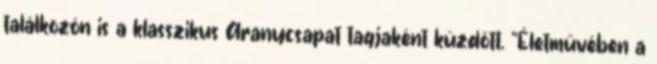
találkozón is a klasszikus Aranycsapat tagjaként küzdött. “Életművében a